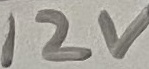
Text: 12V